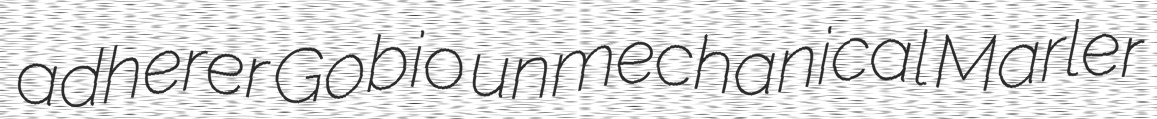
adherer Gobio unmechanical Marler